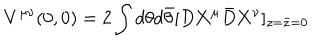
LaTeX: V ^ { \mu \nu } ( 0 , 0 ) = 2 \int d \theta d \bar { \theta } [ D { \bf X } ^ { \mu } { \bar { D } } { \bf X } ^ { \nu } ] _ { z = \bar { z } = 0 }